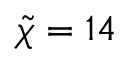
\tilde { \chi } = 1 4